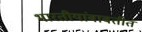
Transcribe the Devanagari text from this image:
भारतीयांबाबतीत